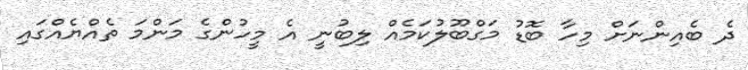
ދެ ބެއިންނަށް މިހާ ބޮޑު މަގްބޫލުކަމެއް ލިބުނީ އެ މީހުންގެ މަންމަ ތެއްޔެއްގައި